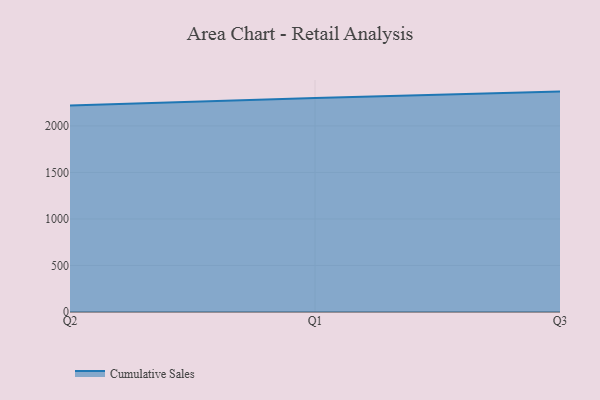
{"axis": {"x": "Quarter", "y": "Tickets Resolved"}, "legend": ["Cumulative Sales"], "data": [{"x": "Q2", "y": 2220.0, "type": "Cumulative Sales"}, {"x": "Q1", "y": 2301.3, "type": "Cumulative Sales"}, {"x": "Q3", "y": 2368.8, "type": "Cumulative Sales"}]}